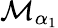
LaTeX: {\mathcal M}_{\alpha_{1}}